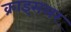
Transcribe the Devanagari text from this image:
क्राइसलर